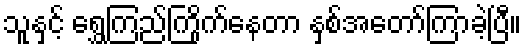
သူနှင့် ရွှေကြည်ကြိုက်နေတာ နှစ်အတော်ကြာခဲ့ပြီ။